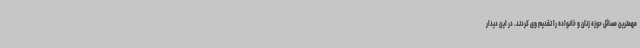
مهمترین مسائل حوزه زنان و خانواده را تقدیم وی کردند. در این دیدار